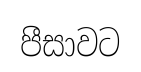
පීසාවට